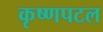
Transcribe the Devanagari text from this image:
कृष्णपटल